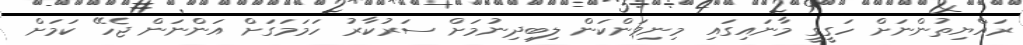
ރައްޔިތުންނަށް ހަގީގީ މާނައިގައި މިނިވަންކަން ލިބިދިނުމަށް ސަރުކާރު ހަމަމަގަށް އަންނަން ޖެހޭ ކަމަށް